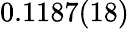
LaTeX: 0.1187(18)